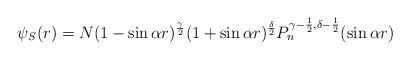
LaTeX: \begin{align*}\psi_S(r)=N(1-\sin{\alpha r})^\frac{\gamma}{2}(1+\sin{\alpha r})^\frac{\delta}{2}P_n^{\gamma-\frac{1}{2},\delta-\frac{1}{2}}(\sin{\alpha r})\end{align*}